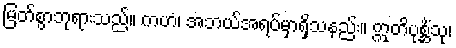
မြတ်စွာဘုရားသည်။ ကဟံ၊ အဘယ်အရပ်မှာရှိသနည်း။ ဣတိပုစ္ဆိံသု၊